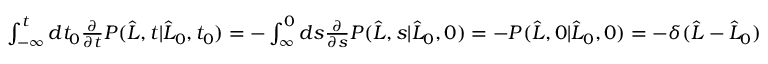
\begin{array} { r } { \int _ { - \infty } ^ { t } d t _ { 0 } \frac { \partial } { \partial t } P ( \widehat { L } , t | \widehat { L } _ { 0 } , t _ { 0 } ) = - \int _ { \infty } ^ { 0 } d s \frac { \partial } { \partial s } P ( \widehat { L } , s | \widehat { L } _ { 0 } , 0 ) = - P ( \widehat { L } , 0 | \widehat { L } _ { 0 } , 0 ) = - \delta ( \widehat { L } - \widehat { L } _ { 0 } ) } \end{array}